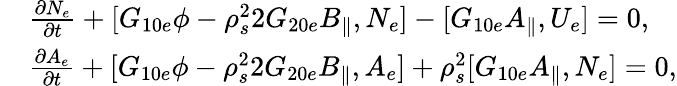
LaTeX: \begin{array}{rl}&{\frac{\partial N_{e}}{\partial t}+[G_{10e}\phi-\rho_{s}^{2}2G_{20e}B_{\parallel},N_{e}]-[G_{10e}A_{\parallel},U_{e}]=0,}\\ &{\frac{\partial A_{e}}{\partial t}+[G_{10e}\phi-\rho_{s}^{2}2G_{20e}B_{\parallel},A_{e}]+\rho_{s}^{2}[G_{10e}A_{\parallel},N_{e}]=0,}\end{array}